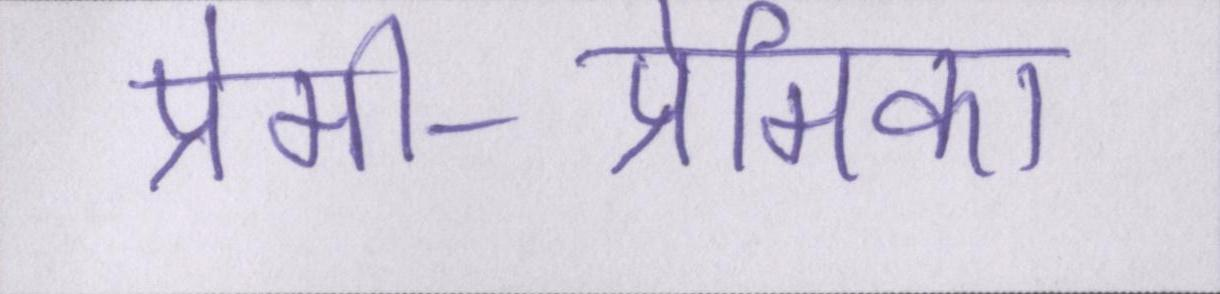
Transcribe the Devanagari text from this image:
प्रेमी-प्रेमिका